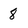
Character: 8